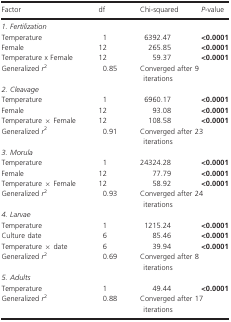
<table><thead><tr><td><b>Factor</b></td><td><b>df</b></td><td><b>Chi‐squared</b></td><td><b><i>P</i>‐value</b></td></tr></thead><tbody><tr><td colspan="4"><i>1. Fertilization</i></td></tr><tr><td>Temperature</td><td>1</td><td>6392.47</td><td><b>&lt;0.0001</b></td></tr><tr><td>Female</td><td>12</td><td>265.85</td><td><b>&lt;0.0001</b></td></tr><tr><td>Temperature x Female</td><td>12</td><td>59.37</td><td><b>&lt;0.0001</b></td></tr><tr><td>Generalized <i>r</i><sup>2</sup></td><td>0.85</td><td colspan="2">Converged after 9 iterations</td></tr><tr><td colspan="4"><i>2. Cleavage</i></td></tr><tr><td>Temperature</td><td>1</td><td>6960.17</td><td><b>&lt;0.0001</b></td></tr><tr><td>Female</td><td>12</td><td>93.08</td><td><b>&lt;0.0001</b></td></tr><tr><td>Temperature × Female</td><td>12</td><td>108.58</td><td><b>&lt;0.0001</b></td></tr><tr><td>Generalized <i>r</i><sup>2</sup></td><td>0.91</td><td colspan="2">Converged after 23 iterations</td></tr><tr><td colspan="4"><i>3. Morula</i></td></tr><tr><td>Temperature</td><td>1</td><td>24324.28</td><td><b>&lt;0.0001</b></td></tr><tr><td>Female</td><td>12</td><td>77.79</td><td><b>&lt;0.0001</b></td></tr><tr><td>Temperature × Female</td><td>12</td><td>58.92</td><td><b>&lt;0.0001</b></td></tr><tr><td>Generalized <i>r</i><sup>2</sup></td><td>0.93</td><td colspan="2">Converged after 24 iterations</td></tr><tr><td colspan="4"><i>4. Larvae</i></td></tr><tr><td>Temperature</td><td>1</td><td>1215.24</td><td><b>&lt;0.0001</b></td></tr><tr><td>Culture date</td><td>6</td><td>85.46</td><td><b>&lt;0.0001</b></td></tr><tr><td>Temperature × date</td><td>6</td><td>39.94</td><td><b>&lt;0.0001</b></td></tr><tr><td>Generalized <i>r</i><sup>2</sup></td><td>0.69</td><td colspan="2">Converged after 8 iterations</td></tr><tr><td colspan="4"><i>5. Adults</i></td></tr><tr><td>Temperature</td><td>1</td><td>49.44</td><td><b>&lt;0.0001</b></td></tr><tr><td>Generalized <i>r</i><sup>2</sup></td><td>0.88</td><td colspan="2">Converged after 17 iterations</td></tr></tbody></table>